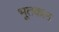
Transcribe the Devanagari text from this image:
भूतकल